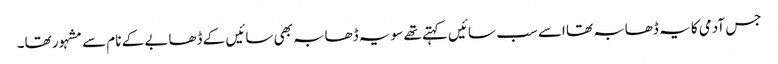
جس آدمی کا یہ ڈھابہ تھا اسے سب سائیں کہتے تھے سو یہ ڈھابہ بھی سائیں کے ڈھابے کے نام سے مشہور تھا۔